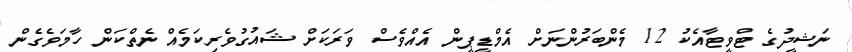
ނަޝީދުގެ ޓްވީޓާއެކު 12 މެންބަރުންނަށް އެމްޑީޕީން އެއްވެސް ވަރަކަށް ޝައުގުވެރިކަމެއް ނެތްކަން ހާމަވެގެން